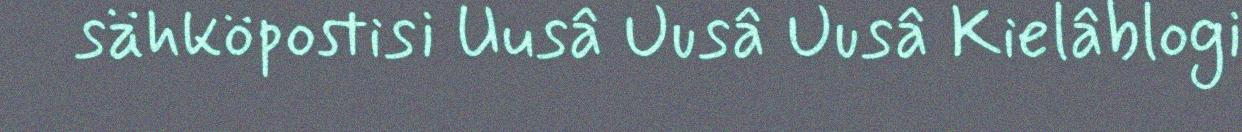
sähköpostisi Uusâ Uusâ Uusâ Kielâblogi